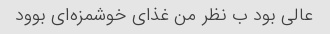
عالی بود ب نظر من غذای خوشمزه‌ای بوود